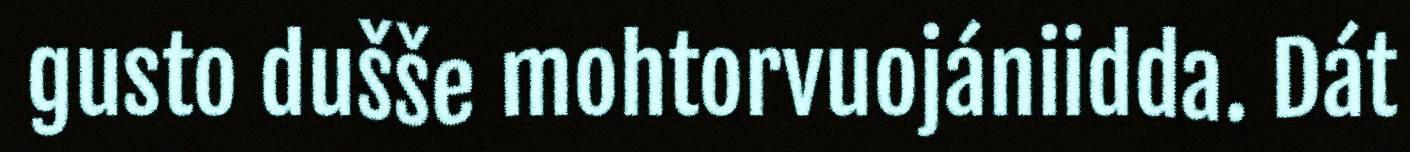
gusto dušše mohtorvuojániidda. Dát